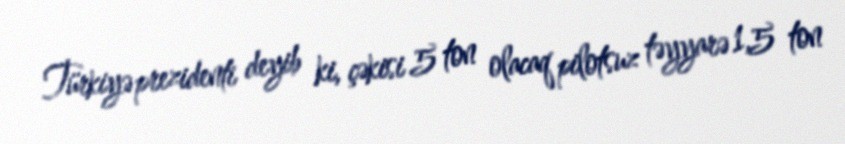
Türkiyə prezidenti deyib ki, çəkisi 5 ton olacaq pilotsuz təyyarə 1,5 ton